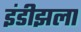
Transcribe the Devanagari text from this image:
इंडीझला